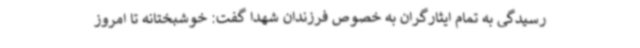
رسیدگی به تمام ایثارگران به خصوص فرزندان شهدا گفت: خوشبختانه تا امروز